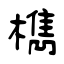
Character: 檇